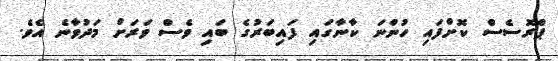
ޕްރޮސެސް ކޮށްފައި ހުންނަ ކާނާގައި ފައިބަރުގެ ބައި ވެސް ވަރަށް މަދުވާނެ އެވެ.